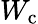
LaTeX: W_{\textrm{c}}